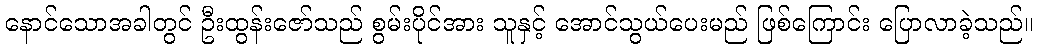
နောင်သောအခါတွင် ဦးထွန်းဇော်သည် စွမ်းပိုင်အား သူနှင့် အောင်သွယ်ပေးမည် ဖြစ်ကြောင်း ပြောလာခဲ့သည်။